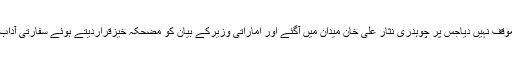
ذرائع کے مطابق متحدہ عرب امارات کے وزیرکے بیان پر کسی حکومت عہدیدار نے بروقت باضابطہ موقف نہیں دیاجس پر چوہدری نثار علی خان میدان میں آگئے اور اماراتی وزیرکے بیان کو مضحکہ خیزقراردیتے ہوئے سفارتی آداب کی بھی خلاف ورزی قراردیدیاجبکہ وہ خود پانچ روز جاری رہنے والے اجلاس میں دکھائی نہیں دیئے ۔